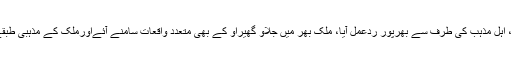
سپریم کورٹ کی جانب سے آسیہ مسیح کو بری کئے جانے کے بعد ملک میں جو حالات کشیدہ ہوئے، اہل مذہب کی طرف سے بھرپور ردعمل آیا، ملک بھر میں جلاو گھیراو کے بھی متعدد واقعات سامنے آئےاورملک کے مذہبی طبقے کی طرف سے آسیہ مسیح کیس کا سارا ملبہ حکومت پر ڈال کر حکومت کو مورد الزام ٹھہرایا گیا ۔